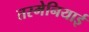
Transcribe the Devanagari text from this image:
तस्मेनियाई